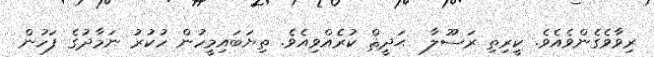
ރިވާވެގެންވެއެވެ. ކީރިތި ރަސޫލާ  ޙަދީޘް ކުރެއްވިއެވެ. ތިޔަބައިމީހުން ހުކުރު ނަމާދުގެ ފަހުން